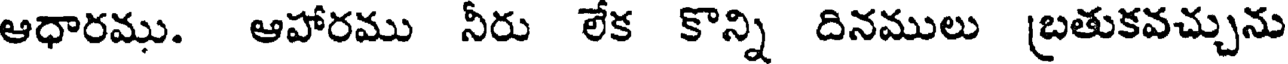
ఆధారము. ఆహారము నీరు లేక కొన్ని దినములు (బతుకవచ్చును